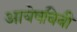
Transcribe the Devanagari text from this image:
आयेषबिबी